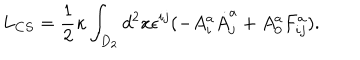
L _ { C S } = \frac { 1 } { 2 } \kappa \int _ { D _ { 2 } } d ^ { 2 } x \epsilon ^ { i j } ( - A _ { i } ^ { a } \dot { A } _ { j } ^ { a } + A _ { 0 } ^ { a } F _ { i j } ^ { a } ) .